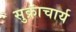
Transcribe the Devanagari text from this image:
सुक्राचार्य